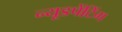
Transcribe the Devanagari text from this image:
न्यूडपेंटिंग